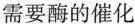
需要酶的催化